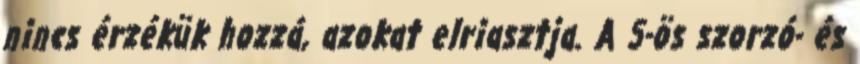
nincs érzékük hozzá, azokat elriasztja. A 5-ös szorzó- és